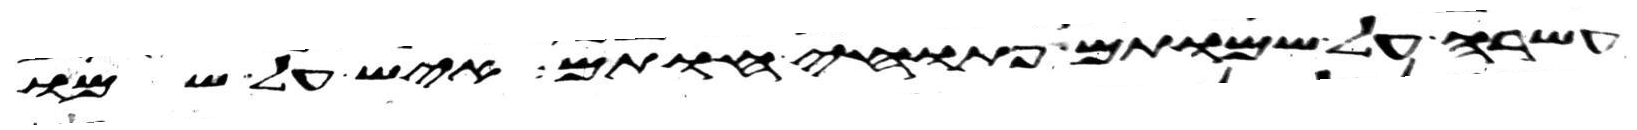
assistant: עשרה על שמותם פתוחי חותם איש על שמו